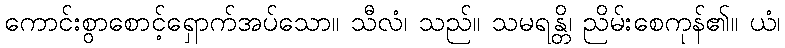
ကောင်းစွာစောင့်ရှောက်အပ်သော။ သီလံ၊ သည်။ သမရန္တိ၊ ညိမ်းစေကုန်၏။ ယံ၊